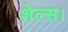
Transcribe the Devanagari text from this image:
शेल्स।